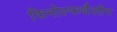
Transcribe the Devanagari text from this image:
फिनोल्फथैलीन